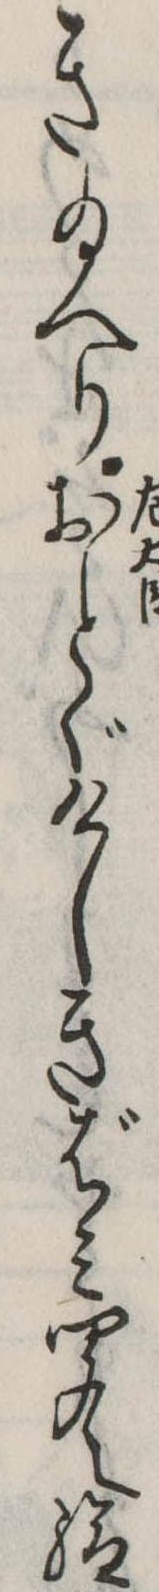
き給へりおとゞけしきばみ聞え給